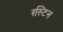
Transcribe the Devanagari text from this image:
रस्टिन